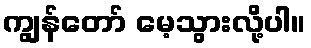
ကျွန်တော် မေ့သွားလို့ပါ။